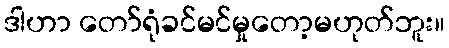
ဒါဟာ တော်ရုံခင်မင်မှုတော့မဟုတ်ဘူး။